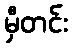
မှီတင်း